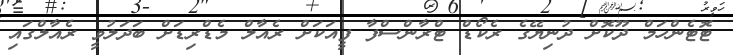
ޓޮޓެންހަމް ދޫކޮށް ދުނިޔޭގެ ރެކޯޑް ޓްރާންސްފާ ފީއަކަށް ރެއާލް މެޑްރިޑަށް ބަދަލުވީ ރެއާލްގައި